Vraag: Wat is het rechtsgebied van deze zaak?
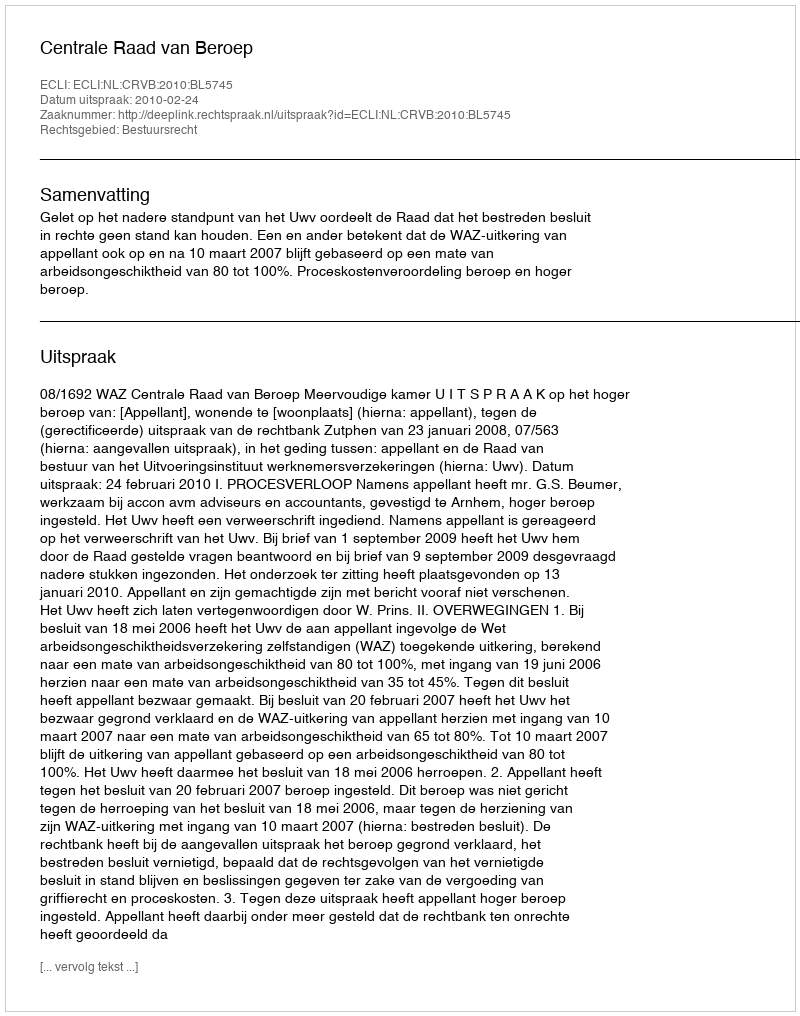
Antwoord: Bestuursrecht